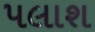
પલાશ